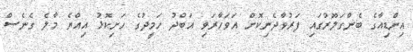
އިންޑިއާގެ ބެންގަލޫރުގައި ފަރުވާދެނިކޮށް އަވަހާރަވި އަބްދު ހަމީދުގެ ހަށިކޮޅު އިއްޔެ މާލެ ގެނެސް